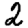
Digit: 2